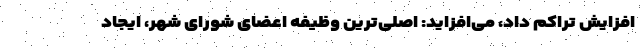
افزایش تراکم داد، می‌افزاید: اصلی‌ترین وظیفه اعضای شورای شهر، ایجاد